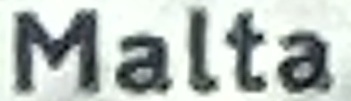
Malta